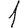
Digit: 1